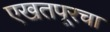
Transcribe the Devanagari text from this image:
एखतपूरचा